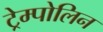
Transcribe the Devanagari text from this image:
ट्रेम्पोलिन